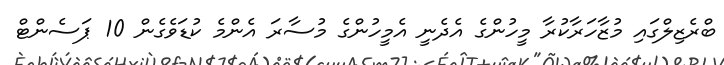
ބްރެޒިލްގައި މުޒާހަރާކުރާ މީހުންގެ އެދެނީ އެމީހުންގެ މުސާރަ އެންމެ ކުޑަވެގެން 10 ޕަސެންޓް